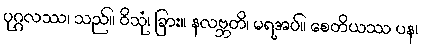
ပုဂ္ဂလဿ၊ သည်။ ဝိသုံ၊ ခြား။ နလဗ္ဘတိ၊ မရအပ်။ စေတိယဿ ပန၊